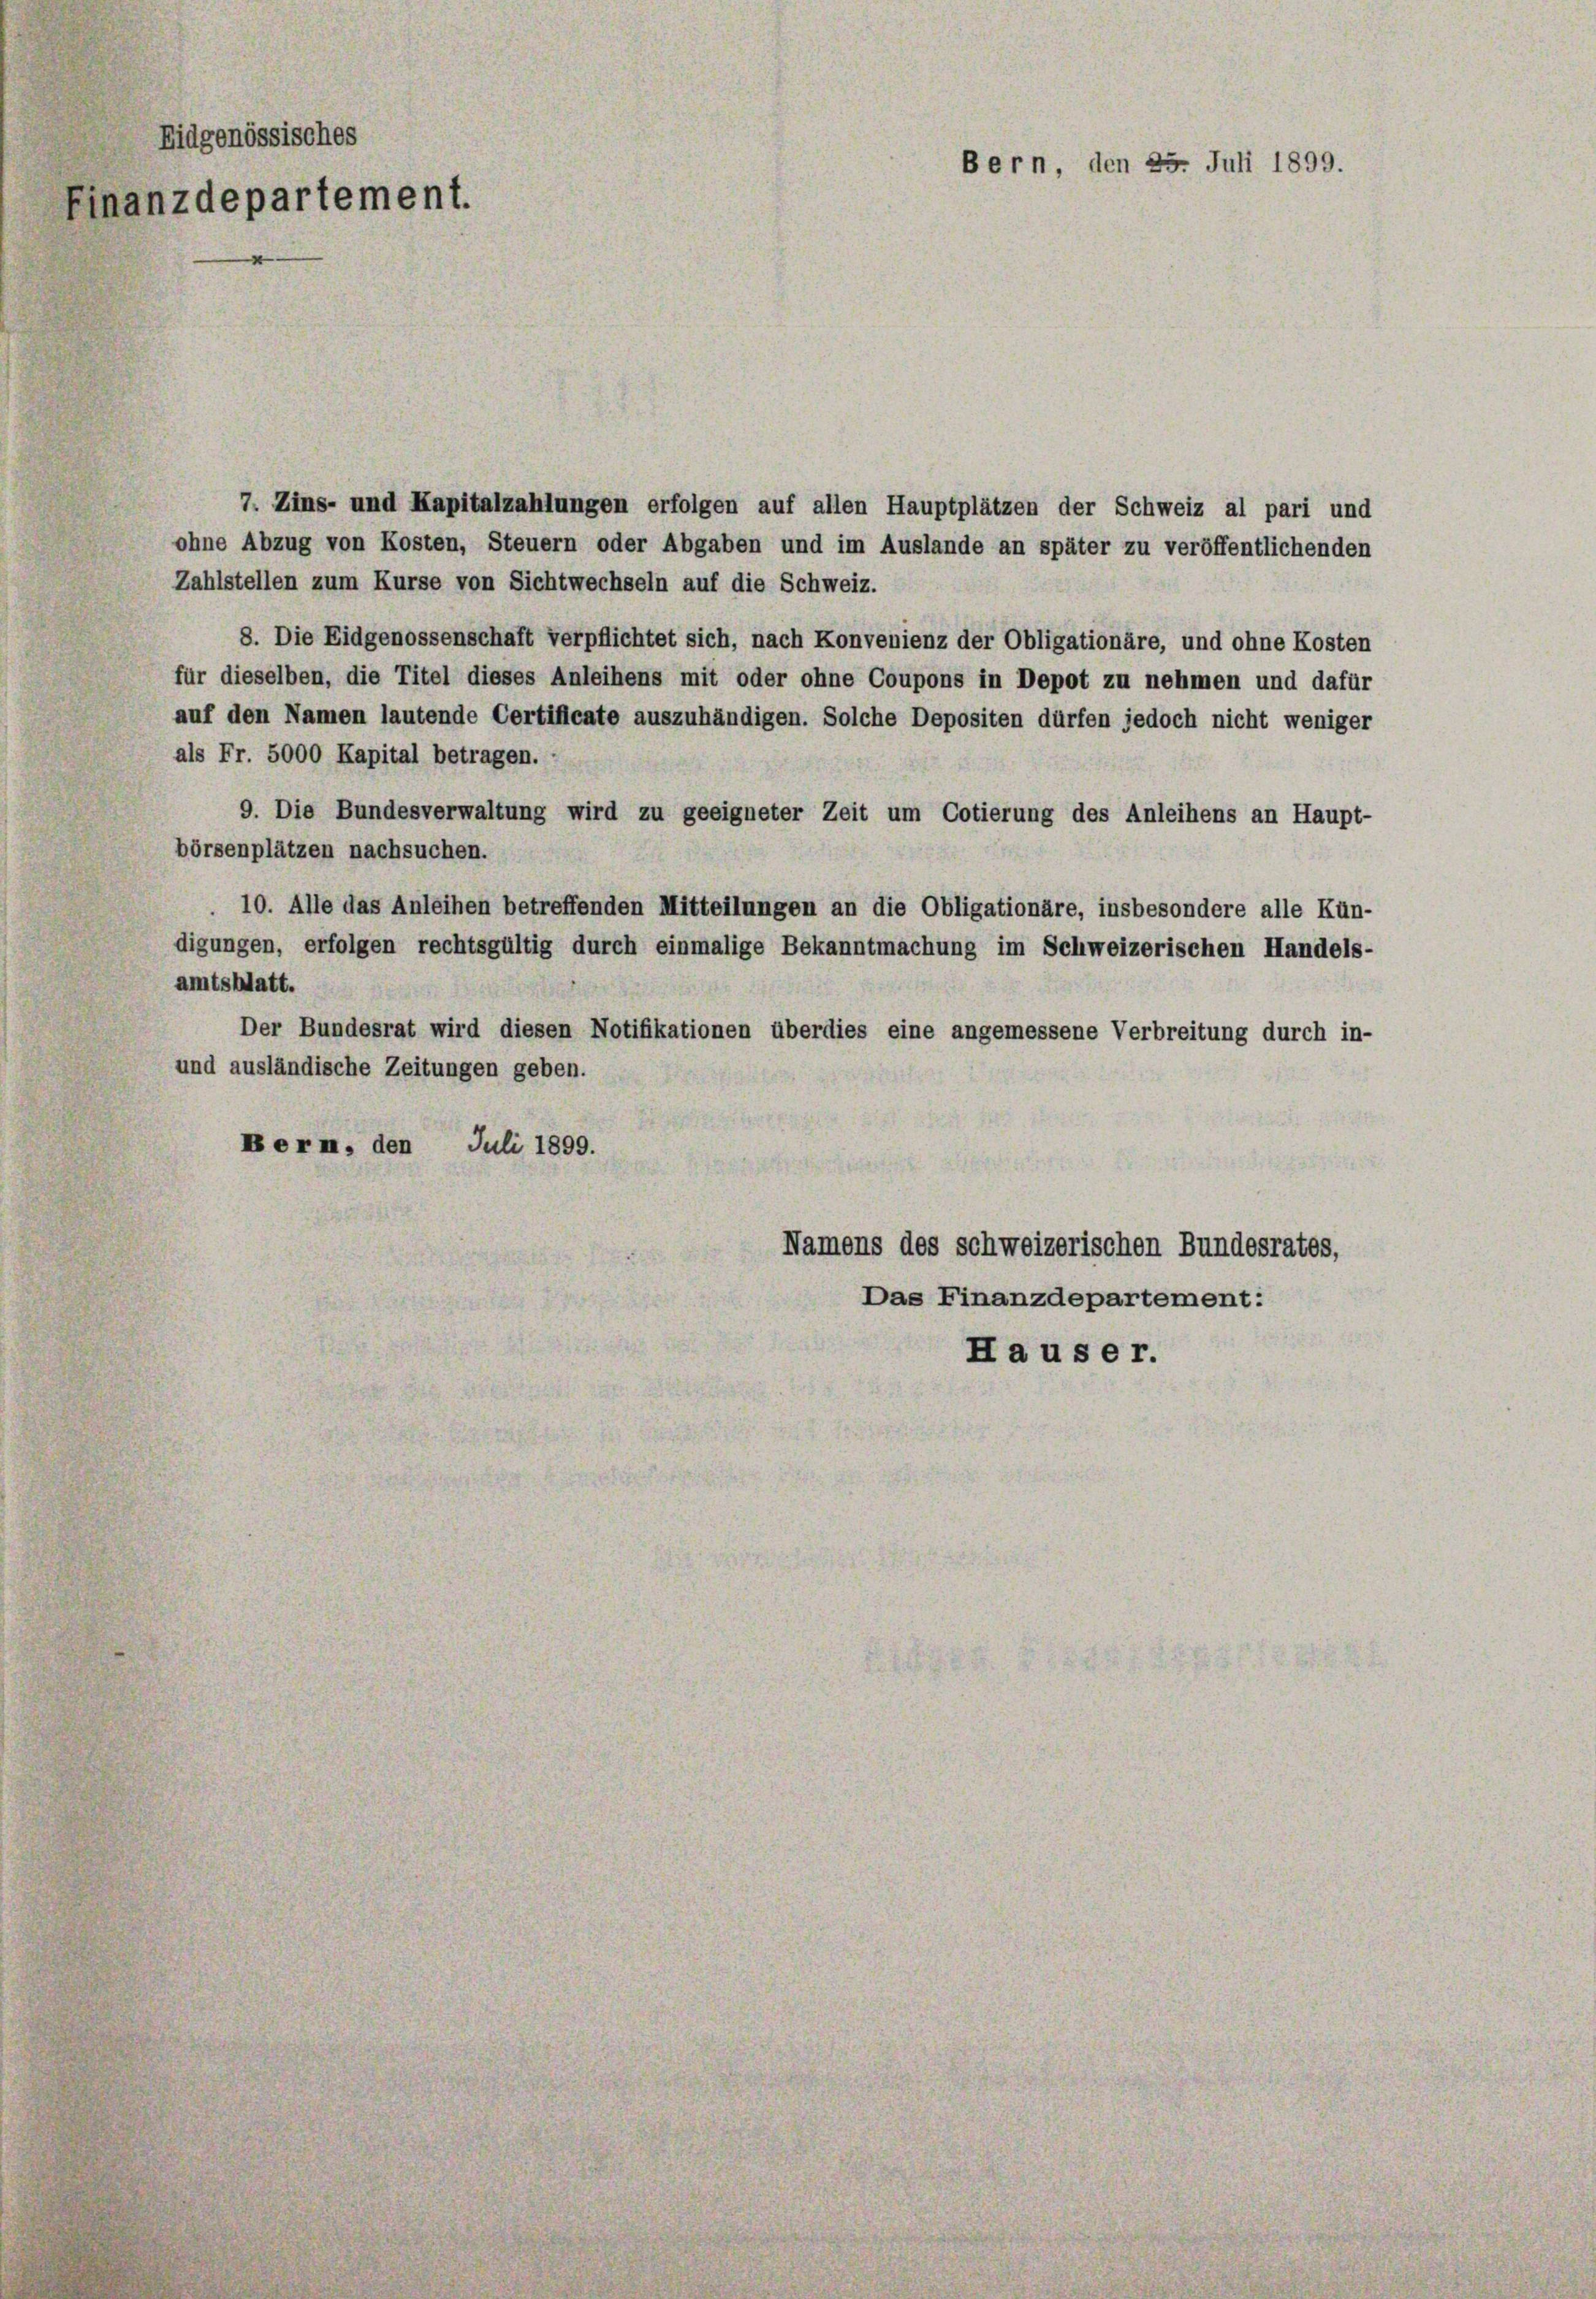
Eidgenössisches
Finanzdepartement.

7. Zins- und Kapitalzahlungen erfolgen auf allen Hauptplätzen der Schweiz al pari und
ohne Abzug von Kosten, Steuern oder Abgaben und im Auslande an später zu veröffentlichenden
Zahlstellen zum Kurse von Sichtwechseln auf die Schweiz.
8. Die Eidgenossenschaft verpflichtet sich, nach Konvenienz der Obligationäre, und ohne Kosten
für dieselben, die Titel dieses Anleihens mit oder ohne Coupons in Depot zu nehmen und dafür
auf den Namen lautende Certificate auszuhändigen. Solche Depositen dürfen jedoch nicht weniger
als Fr. 5000 Kapital betragen.
9. Die Bundesverwaltung wird zu geeigneter Zeit um Cotierung des Anleihens an Haupt-
börsenplätzen nachsuchen.
10. Alle das Anleihen betreffenden Mitteilungen an die Obligationäre, insbesondere alle Kün-
digungen, erfolgen rechtsgültig durch einmalige Bekanntmachung im Schweizerischen Handels-
amtsblatt.
Der Bundesrat wird diesen Notifikationen überdies eine angemessene Verbreitung durch in-
und ausländische Zeitungen geben.
Bern den Juli 1899.
Namens des schweizerischen Bundesrates,
Das Finanzdepartement:
Ha us er.

Bern, den 25. Juli 1899.